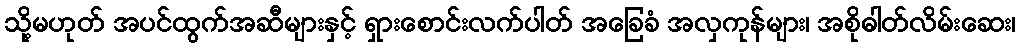
သို့မဟုတ် အပင်ထွက်အဆီများနှင့် ရှားစောင်းလက်ပါတ် အခြေခံ အလှကုန်များ၊ အစိုဓါတ်လိမ်းဆေး၊